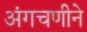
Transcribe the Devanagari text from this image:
अंगचणीने